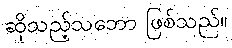
ဆိုသည့်သဘော ဖြစ်သည်။